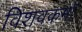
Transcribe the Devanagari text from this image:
विशवकमॉ